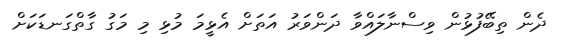
ދެން ތިބޭފުޅުން ވިސްނާލައްވާ ދަންވަރު އަތަށް އެޅީމަ މުޅި މި މަގު ގާތްގަނޑަކަށް